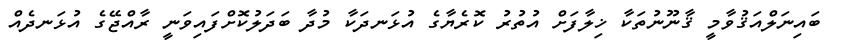
ބައިނަލްއަޤުވާމީ ޤާނޫނުތަކާ ޚިލާފަށް އުތުރު ކޮރެޔާގެ އުޅަނދަކާ މުދާ ބަދަލުކޮށްފައިވަނީ ރާއްޖޭގެ އުޅަނދެއް